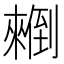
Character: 𰃄